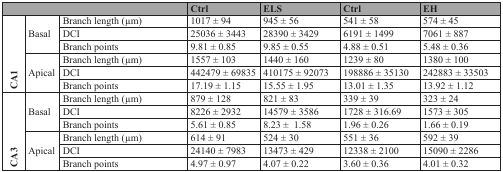
<table><thead><tr><td colspan="3"></td><td><b>Ctrl</b></td><td><b>ELS</b></td><td><b>Ctrl</b></td><td><b>EH</b></td></tr></thead><tbody><tr><td rowspan="6"><b>CA1</b></td><td rowspan="3">Basal</td><td>Branch length (μm)</td><td>1017 ± 94</td><td>945 ± 56</td><td>541 ± 58</td><td>574 ± 45</td></tr><tr><td>DCI</td><td>25036 ± 3443</td><td>28390 ± 3429</td><td>6191 ± 1499</td><td>7061 ± 887</td></tr><tr><td>Branch points</td><td>9.81 ± 0.85</td><td>9.85 ± 0.55</td><td>4.88 ± 0.51</td><td>5.48 ± 0.36</td></tr><tr><td rowspan="3">Apical</td><td>Branch length (μm)</td><td>1557 ± 103</td><td>1440 ± 160</td><td>1239 ± 80</td><td>1380 ± 100</td></tr><tr><td>DCI</td><td>442479 ± 69835</td><td>410175 ± 92073</td><td>198886 ± 35130</td><td>242883 ± 33503</td></tr><tr><td>Branch points</td><td>17.19 ± 1.15</td><td>15.55 ± 1.95</td><td>13.01 ± 1.35</td><td>13.92 ± 1.12</td></tr><tr><td rowspan="6"><b>CA3</b></td><td rowspan="3">Basal</td><td>Branch length (μm)</td><td>879 ± 128</td><td>821 ± 83</td><td>339 ± 39</td><td>323 ± 24</td></tr><tr><td>DCI</td><td>8226 ± 2932</td><td>14579 ± 3586</td><td>1728 ± 316.69</td><td>1573 ± 305</td></tr><tr><td>Branch points</td><td>5.61 ± 0.85</td><td>8.23 ± 1.58</td><td>1.96 ± 0.26</td><td>1.66 ± 0.19</td></tr><tr><td rowspan="3">Apical</td><td>Branch length (μm)</td><td>614 ± 91</td><td>524 ± 30</td><td>551 ± 36</td><td>592 ± 39</td></tr><tr><td>DCI</td><td>24140 ± 7983</td><td>13473 ± 429</td><td>12338 ± 2100</td><td>15090 ± 2286</td></tr><tr><td>Branch points</td><td>4.97 ± 0.97</td><td>4.07 ± 0.22</td><td>3.60 ± 0.36</td><td>4.01 ± 0.32</td></tr></tbody></table>